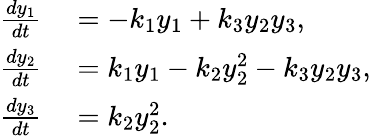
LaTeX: \begin{array}{rl}{\frac{dy_{1}}{dt}}&{{}=-k_{1}y_{1}+k_{3}y_{2}y_{3},}\\ {\frac{dy_{2}}{dt}}&{{}=k_{1}y_{1}-k_{2}y_{2}^{2}-k_{3}y_{2}y_{3},}\\ {\frac{dy_{3}}{dt}}&{{}=k_{2}y_{2}^{2}.}\end{array}